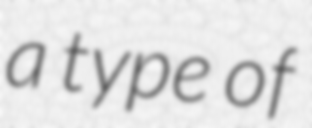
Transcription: a type of